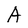
Character: A